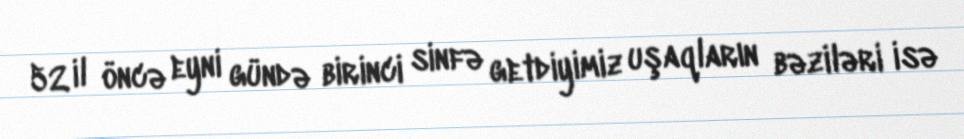
52 il öncə eyni gündə birinci sinfə getdiyimiz uşaqların bəziləri isə